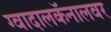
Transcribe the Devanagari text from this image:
ग्वादालकॅनालवर